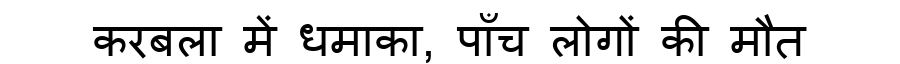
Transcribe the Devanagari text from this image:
करबला में धमाका, पाँच लोगों की मौत